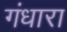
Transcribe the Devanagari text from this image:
गंधारा